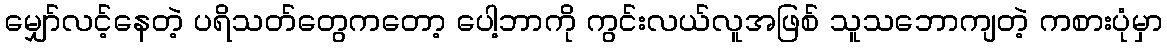
မျှော်လင့်နေတဲ့ ပရိသတ်တွေကတော့ ပေါ့ဘာကို ကွင်းလယ်လူအဖြစ် သူသဘောကျတဲ့ ကစားပုံမှာ